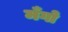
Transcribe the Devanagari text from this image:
मँगो